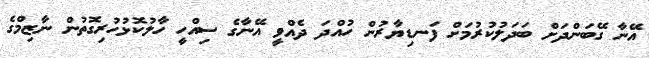
އޭނާ ގޭބަންދަށް ބަދަލުކުރުމަށް ފަނޑިޔާރުން ހުއްދަ ދެއްވީ އޭނާގެ ސިއްހީ ހާލުކޮޅުހުރިގޮތުން ނާޒިމްގެ